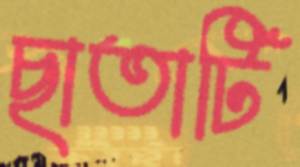
ছাতাটি